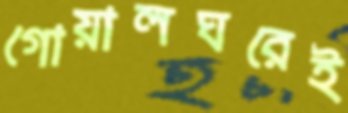
গোয়ালঘরেই